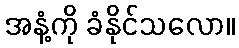
အနံ့ကို ခံနိုင်သလော။